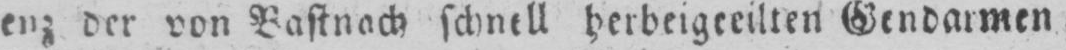
enz der von Bastnach schnell herbeigeeilten Gendarmen